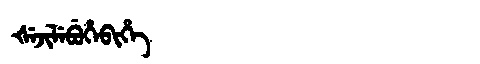
Manchu: ᡧᡝᠵᡳᠯᡝᠪᡠᡥᡝᠪᡳᡥᡝ
Romanization: ŠEJILEBUHEBIHE